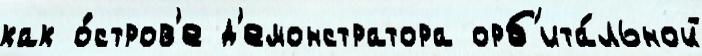
как о́стров'е д'емонстратора орб'ита́льной